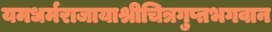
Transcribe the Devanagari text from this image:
यमधर्मराजायाश्रीचित्रगुप्तभगवान